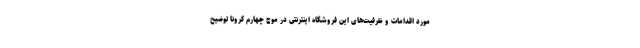
مورد اقدامات و ظرفیت‌های این فروشگاه اینترنتی در موج چهارم کرونا توضیح